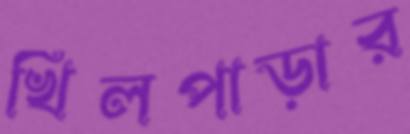
খিলপাড়ার